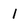
Character: I